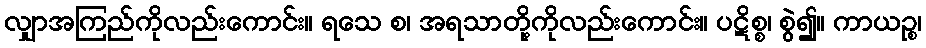
လျှာအကြည်ကိုလည်းကောင်း။ ရသေ စ၊ အရသာတို့ကိုလည်းကောင်း။ ပဋိစ္စ၊ စွဲ၍။ ကာယဉ္စ၊